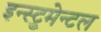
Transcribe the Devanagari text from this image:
इन्स्ट्रुमेन्टल